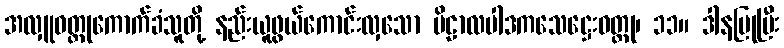
အလှူဝတ္ထုကောက်ခံသူတို့ နည်းယူဖွယ်ကောင်းလှသော ဗိဠာလပါဒကသေဋ္ဌေးဝတ္ထု၊ ၁၁။ ဒါနပြုပြီး